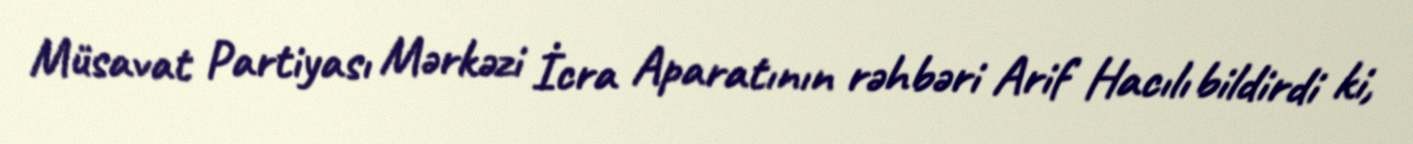
Müsavat Partiyası Mərkəzi İcra Aparatının rəhbəri Arif Hacılı bildirdi ki,